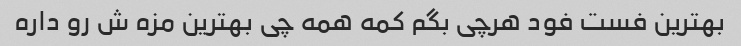
بهترین فست فود هرچی بگم کمه همه چی بهترین مزه ش رو داره